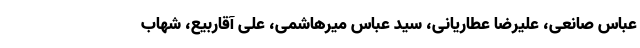
عباس صانعی، علیرضا عطاریانی، سید عباس میرهاشمی، علی آقاربیع، شهاب